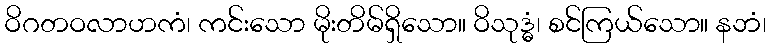
ဝိဂတဝလာဟကံ၊ ကင်းသော မိုးတိမ်ရှိသော။ ဝိသုဒ္ဓံ၊ စင်ကြယ်သော။ နဘံ၊